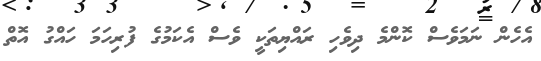
އެހެން ނަމަވެސް ކޮންމެ ދިވެހި ރައްޔިތަކީ ވެސް އެކަމުގެ ފުރިހަމަ ހައްގު އޮތް